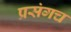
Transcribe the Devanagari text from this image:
प्रसंगच